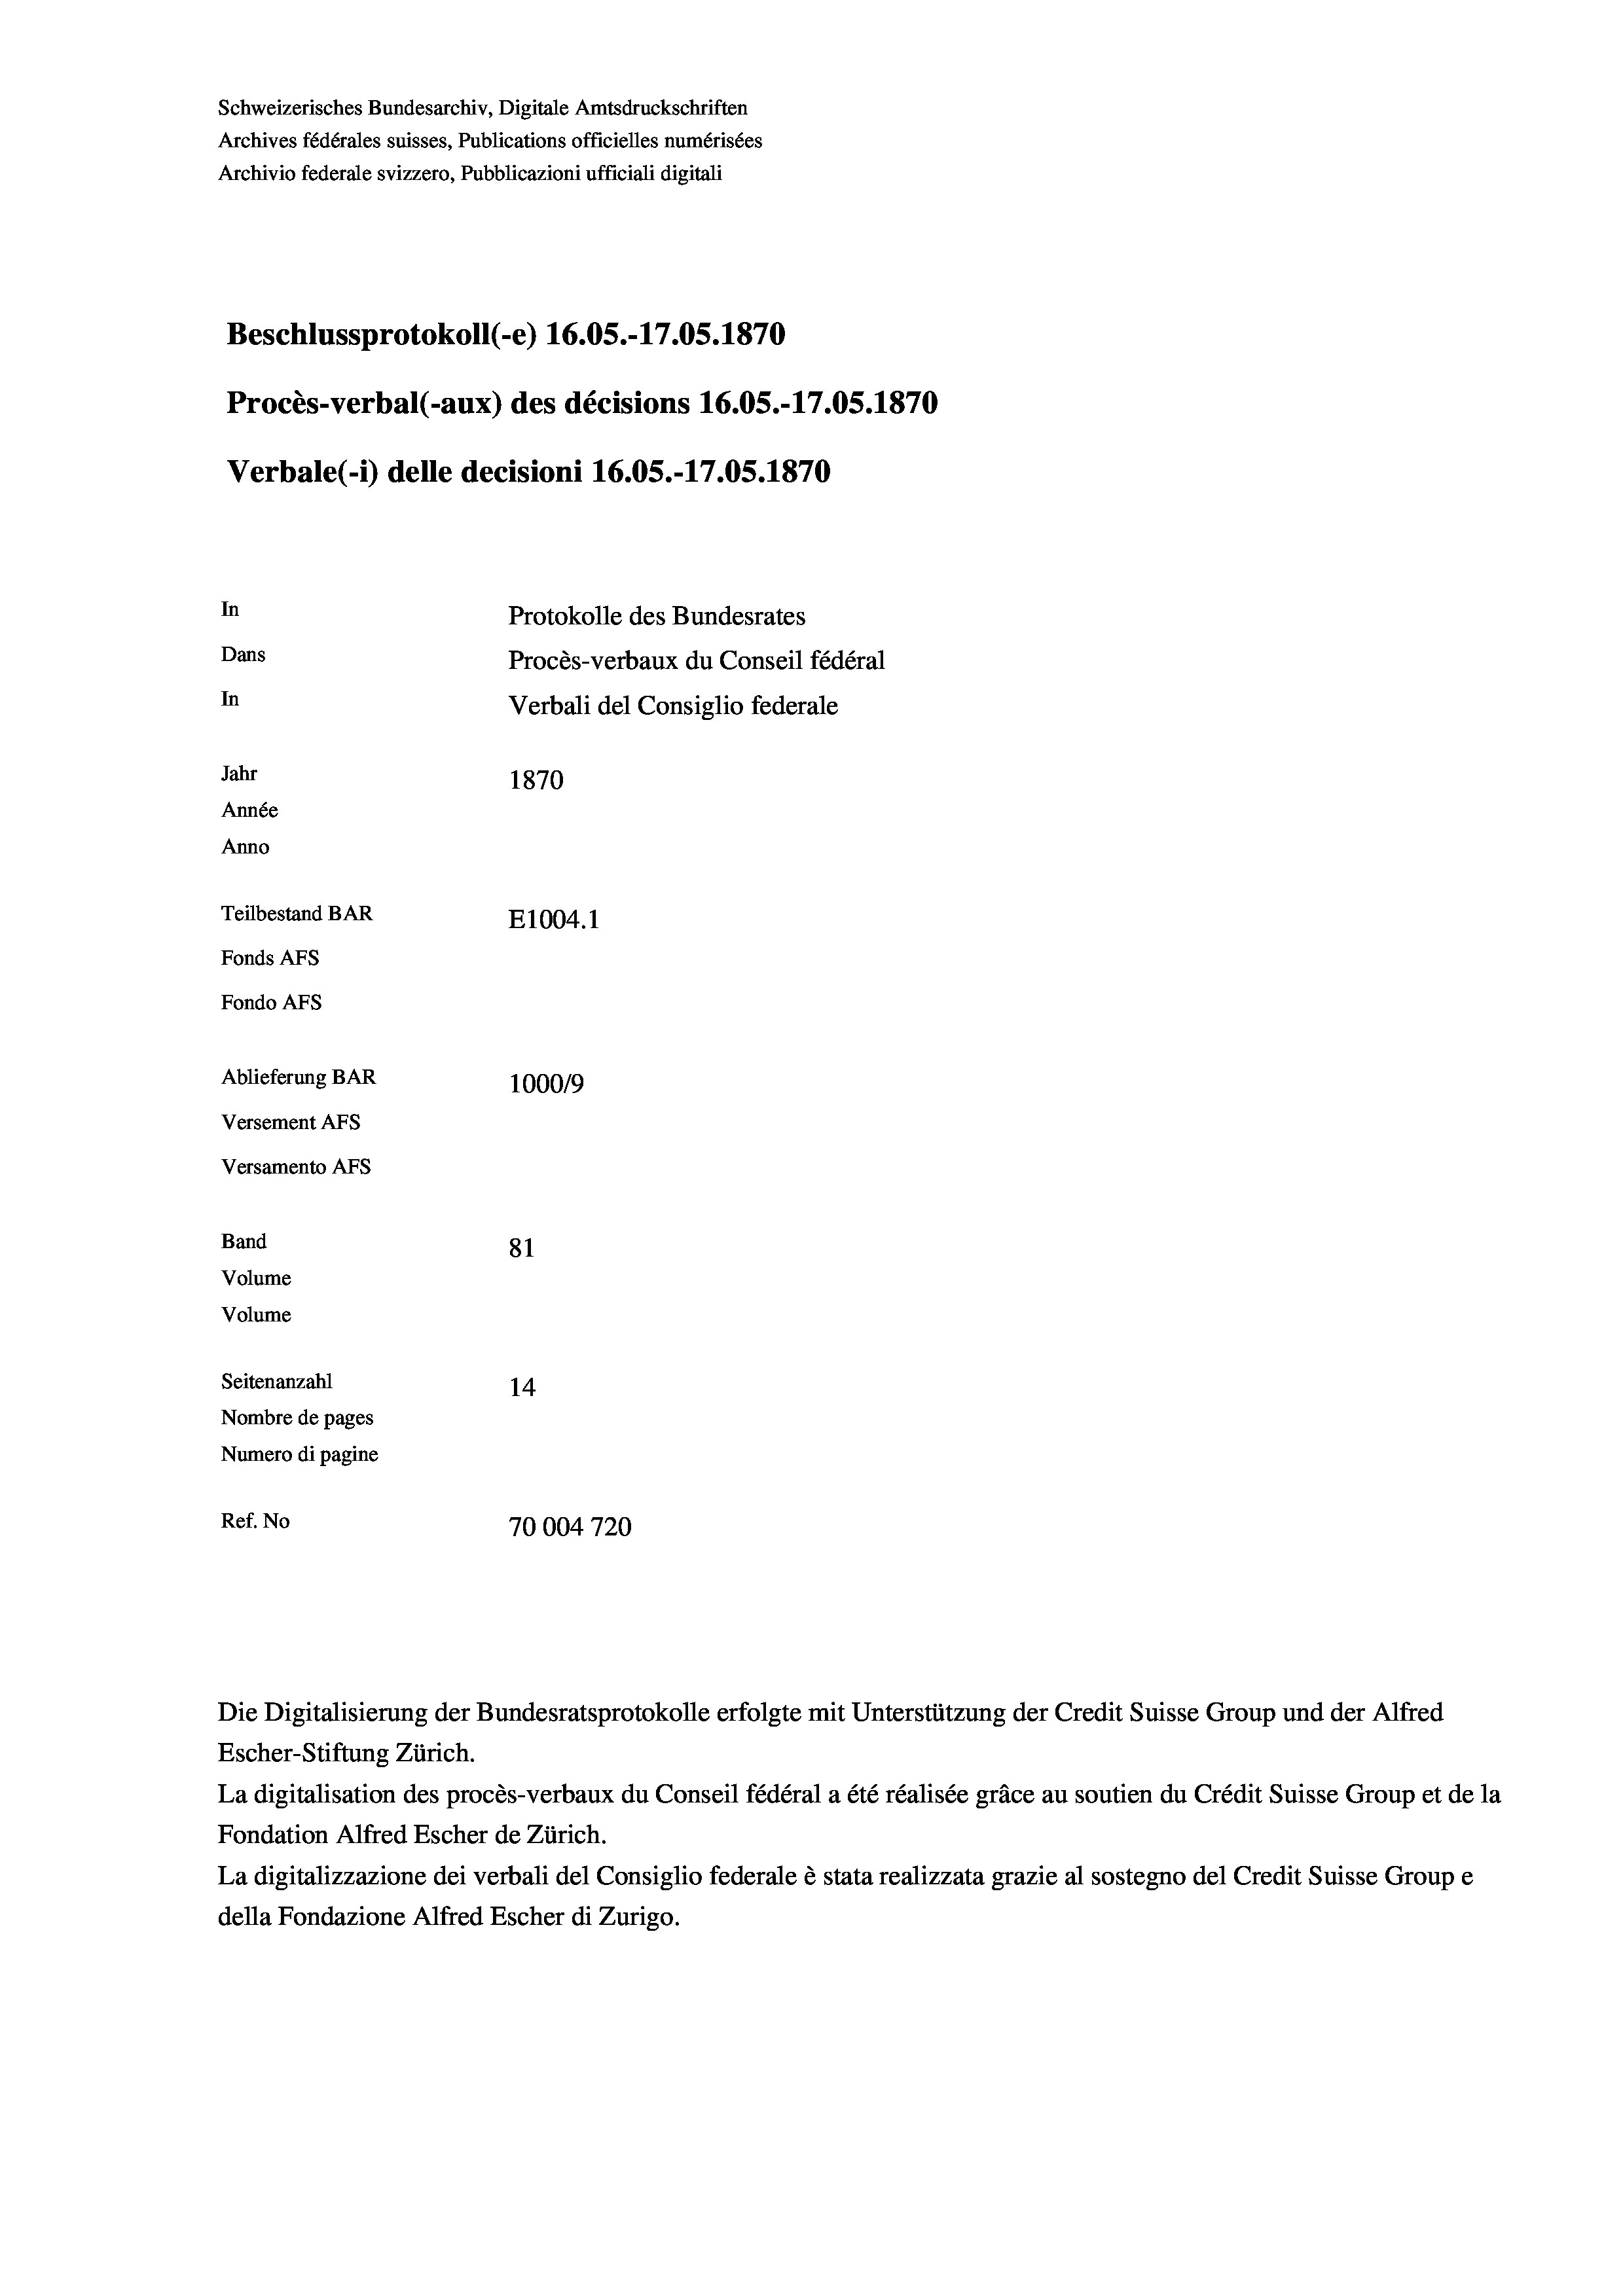
Schweizerisches Bundesarchiv, Digitale Amtsdruckschriften
Archives fédérales suisses, Publications officielles numérisées
Archivio federale svizzero, Pubblicazioni ufficiali digitali
Beschlussprotokoll (-e) 16.05.-17.05. 1870
Procès-verbal (-aux) des décisions 16.05.-17.05. 1870
Verbale (- 1) delle decisioni 16.05.-17.05. 1870
In
Protokolle des Bundesrates
Dans
Procès-verbaux du Conseil fédéral
In
Verbali del Consiglio federale
Jahr
1870
Année
Anno
Teilbestand BAR
E1004. 1
Fonds AFs
Fondo Afs
Ablieferung BAR
100019
Versement AFs
Versamento AFs
Band
81
Volume
Volume

Seitenanzahl
14
Nombre de pages
Numero di pagine
Ref. No
70004720

Escher-Stiftung Zürich.
La digitalisation des procès-verbaux du Conseil fédéral a été réalisée gräce au soutien du Crédit Suisse Group et de la
Fondation Alfred Escher de Zürich.
La digitalizzazione dei verbali del Consiglio federale è stata realizzata grazie al sostegno del Credit Suisse Groupe
della Fondazione Alfred Escher di Zurigo.

Die Digitalisierung der Bundesratsprotokolle erfolgte mit Unterstützung der Credit Suisse Group und der Alfred